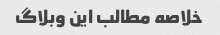
خلاصه مطالب این وبلاگ